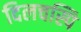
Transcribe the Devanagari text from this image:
दिलचस्पि